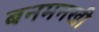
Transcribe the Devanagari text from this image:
बनमनखी